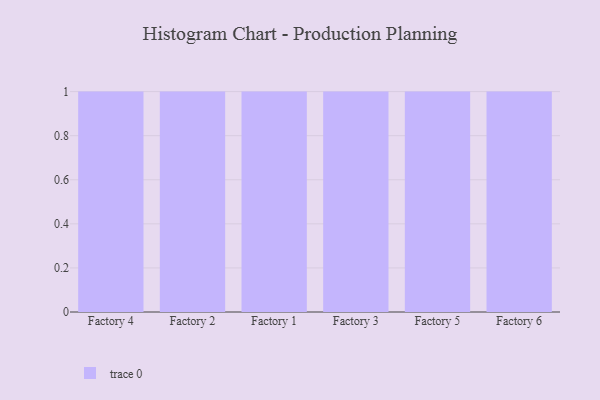
{"axis": {"x": "Factory", "y": "Website Visitors"}, "legend": [""], "data": [{"x": "Factory 4", "y": 73, "type": ""}, {"x": "Factory 2", "y": 48, "type": ""}, {"x": "Factory 1", "y": 37, "type": ""}, {"x": "Factory 3", "y": 78, "type": ""}, {"x": "Factory 5", "y": 15, "type": ""}, {"x": "Factory 6", "y": 86, "type": ""}]}